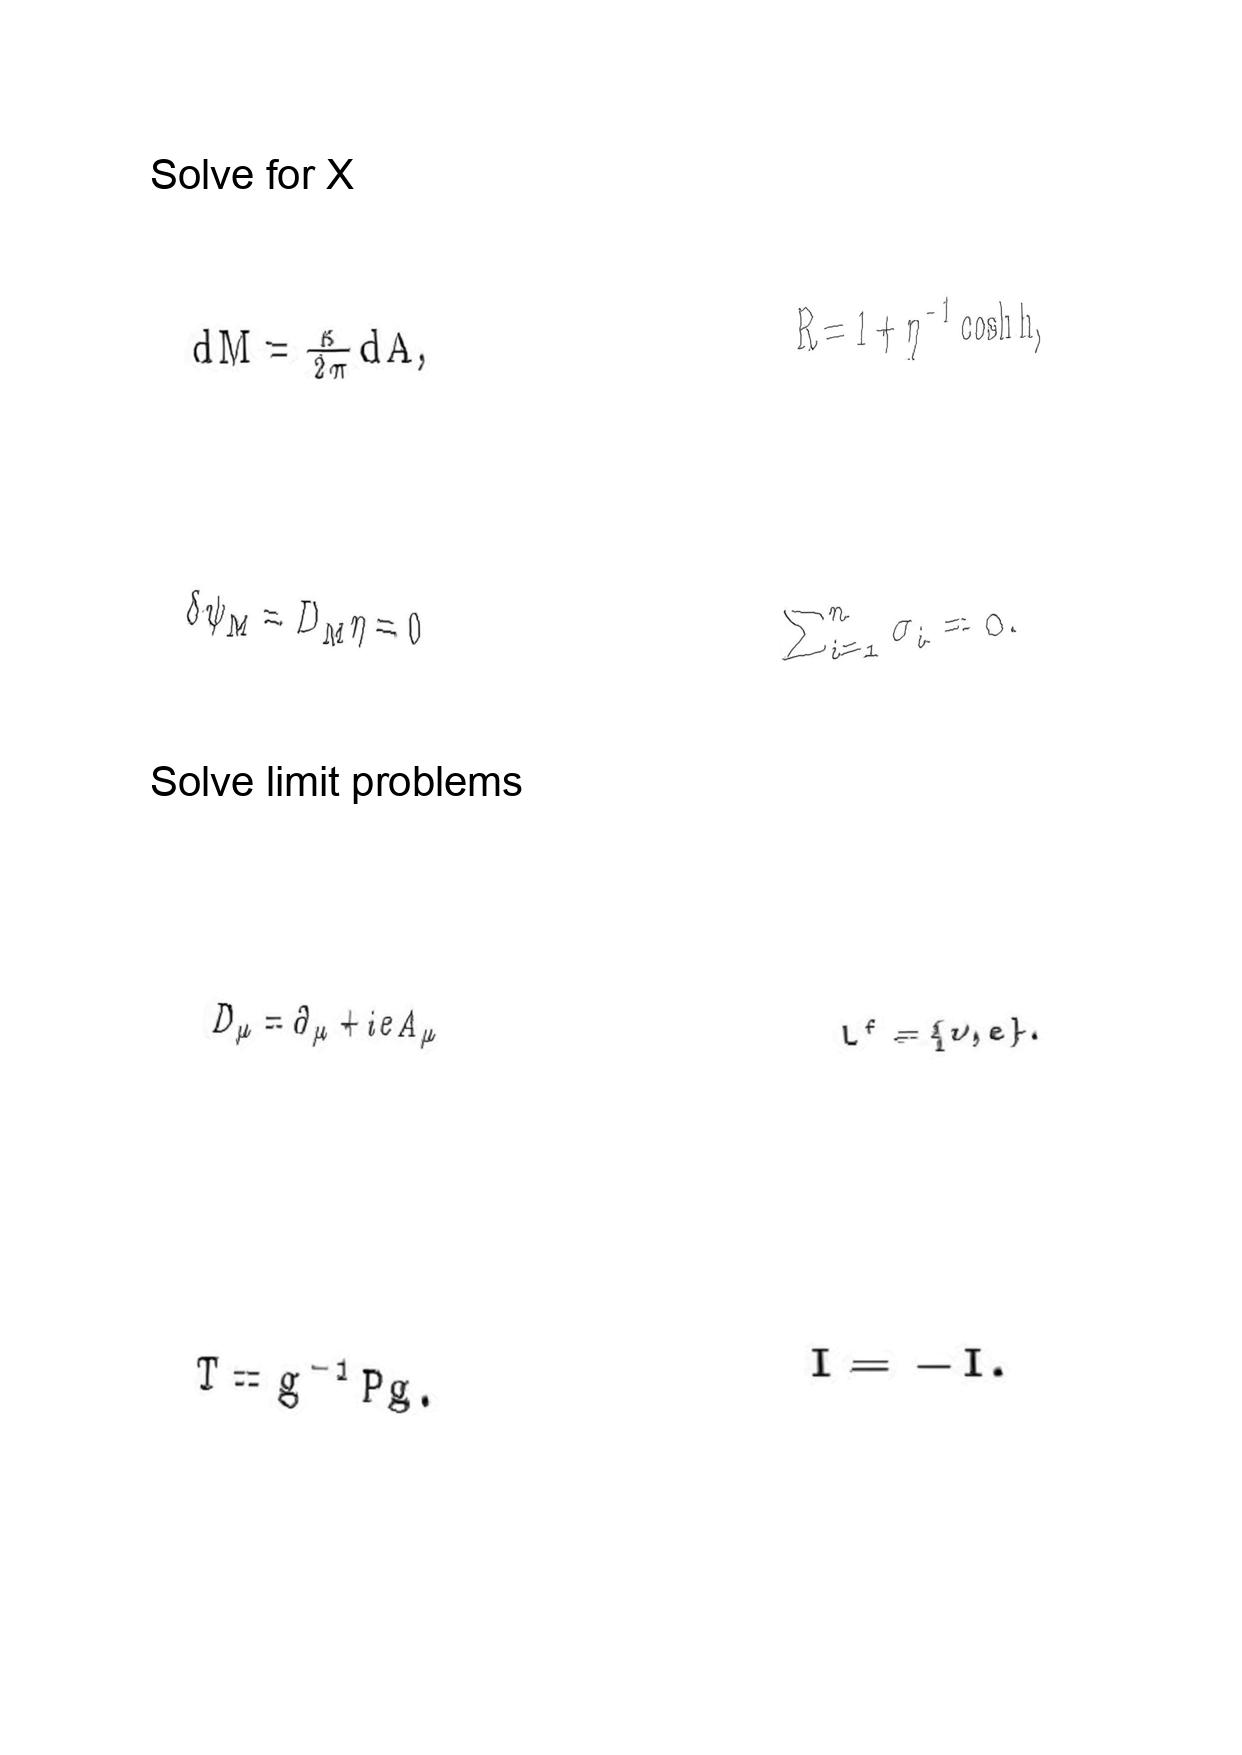
LaTeX transcription:
d M = \frac { \kappa } { 2 \pi } d A ,
\delta \psi _ { M } = D _ { M } \eta = 0
D _ { \mu } = \partial _ { \mu } + i e A _ { \mu }
T = g ^ { - 1 } P g .
R = 1 + \eta ^ { - 1 } \cosh h ,
\sum _ { i = 1 } ^ { n } \sigma _ { i } = 0 .
L ^ { f } = \lbrace \nu , e \rbrace .
I = - I .